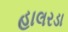
હાલરડા